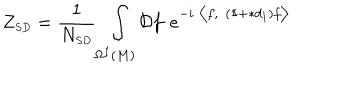
Z _ { \scriptscriptstyle S D } = \frac { 1 } { N _ { \scriptscriptstyle S D } } \int _ { \Omega ^ { \scriptscriptstyle 1 } ( M ) } \mathcal { D } f e ^ { - i \bigl \langle f , ( \mathrm { 1 \ m k e r n - 5 m u I \! } + \ast d _ { \scriptscriptstyle 1 } ) f \bigr \rangle }